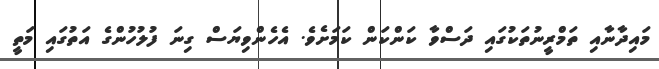
މައިދާނާއި ތަމްރީނުތަކުގައި ދަސްވާ ކަންކަން ކަމަށެވެ. އެހެންވިޔަސް ގިނަ ފުލުހުންގެ އަތުގައި މަތީ